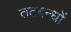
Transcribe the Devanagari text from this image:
तटबन्धों